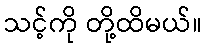
သင့်ကို တို့ထိမယ်။